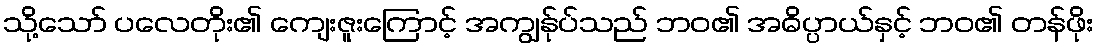
သို့သော် ပလေတိုး၏ ကျေးဇူးကြောင့် အကျွန်ုပ်သည် ဘဝ၏ အဓိပ္ပာယ်နှင့် ဘဝ၏ တန်ဖိုး